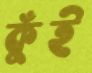
কুঁই